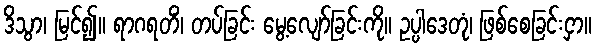
ဒိသွာ၊ မြင်၍။ ရာဂရတိံ၊ တပ်ခြင်း မွေ့လျော်ခြင်းကို။ ဥပ္ပါဒေတုံ၊ ဖြစ်စေခြင်းငှာ။